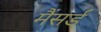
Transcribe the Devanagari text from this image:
मैंसर्ड